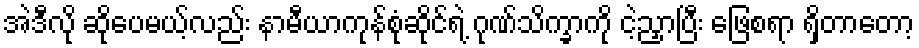
အဲဒီလို ဆိုပေမယ့်လည်း နာမီယာကုန်စုံဆိုင်ရဲ့ ဂုဏ်သိက္ခာကို ငဲ့ညှာပြီး ဖြေစရာ ရှိတာတော့